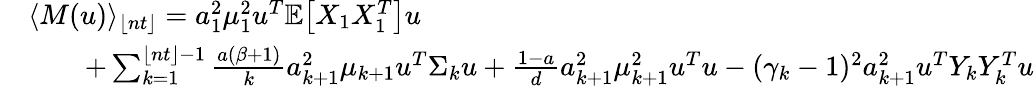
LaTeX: \begin{array}{rl}&{\langle M(u)\rangle_{\lfloor nt\rfloor}=a_{1}^{2}\mu_{1}^{2}u^{T}\mathbb{E}\big[X_{1}X_{1}^{T}\big]u}\\ &{\quad\quad+\sum_{k=1}^{{\lfloor nt\rfloor}-1}\frac{a(\beta+1)}{k}a_{k+1}^{2}\mu_{k+1}u^{T}\Sigma_{k}u+\frac{1-a}{d}a_{k+1}^{2}\mu_{k+1}^{2}u^{T}u-(\gamma_{k}-1)^{2}a_{k+1}^{2}u^{T}Y_{k}Y_{k}^{T}u}\end{array}